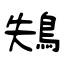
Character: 鴩